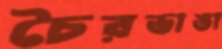
চৈরভাঙা